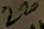
Text: 220